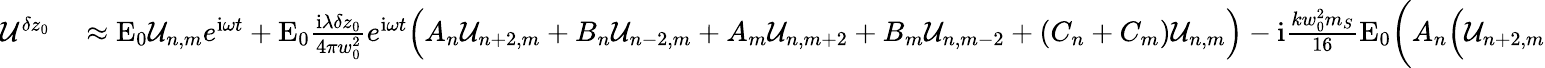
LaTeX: \begin{array}{rl}{\mathcal{U}^{\delta z_{0}}}&{{}\approx\mathrm{E}_{0}\mathcal{U}_{n,m}e^{\mathrm{i}\omega t}+\mathrm{E}_{0}\frac{\mathrm{i}\lambda\delta z_{0}}{4\pi w_{0}^{2}}e^{\mathrm{i}\omega t}\Big(A_{n}\mathcal{U}_{n+2,m}+B_{n}\mathcal{U}_{n-2,m}+A_{m}\mathcal{U}_{n,m+2}+B_{m}\mathcal{U}_{n,m-2}+(C_{n}+C_{m})\mathcal{U}_{n,m}\Big)-\mathrm{i}\frac{kw_{0}^{2}m_{S}}{16}\mathrm{E}_{0}\bigg(A_{n}\Big(\mathcal{U}_{n+2,m}}\end{array}